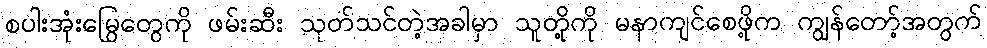
စပါးအုံးမြွေတွေကို ဖမ်းဆီး သုတ်သင်တဲ့အခါမှာ သူတို့ကို မနာကျင်စေဖို့က ကျွန်တော့်အတွက်